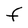
Character: F